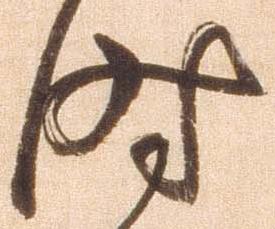
時